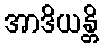
အာဒိယန္တိ